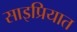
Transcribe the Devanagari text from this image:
साइप्रियात